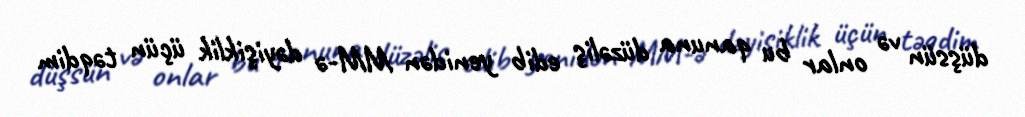
düşsün və onlar bu qanuna düzəliş edib yenidən MM-ə dəyişiklik üçün təqdim